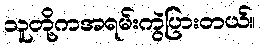
သူတို့ကအရမ်းကွဲပြားတယ်။